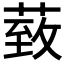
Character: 𦳙